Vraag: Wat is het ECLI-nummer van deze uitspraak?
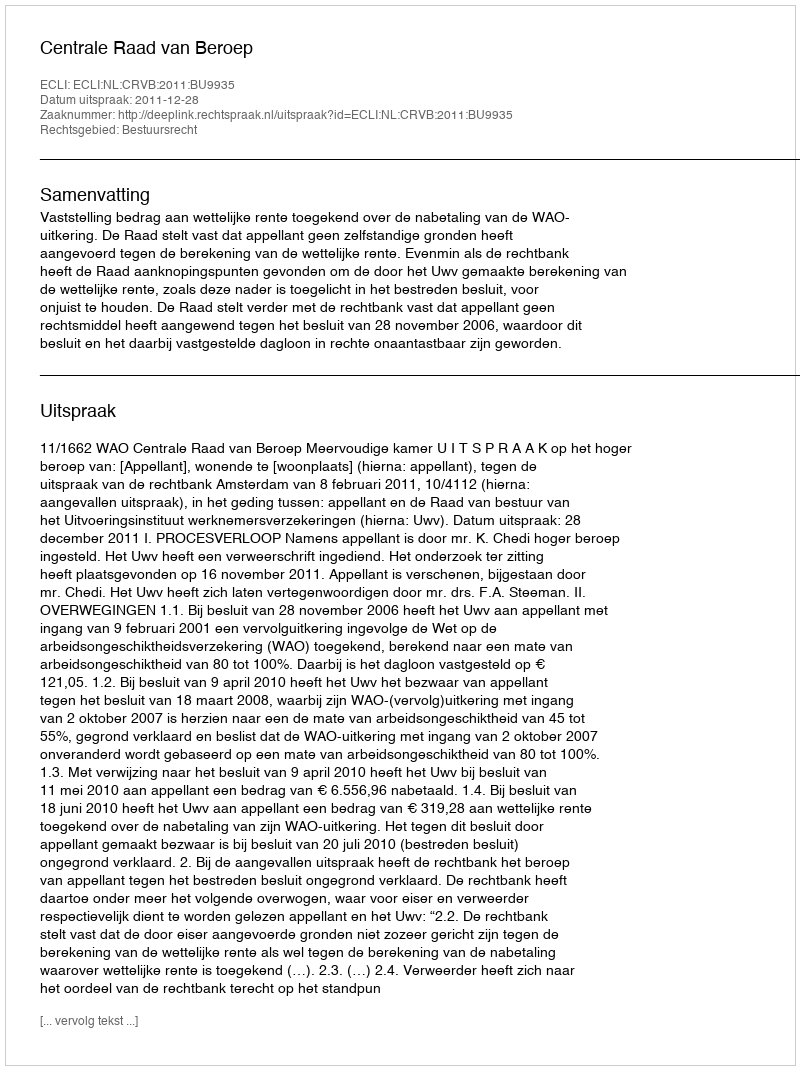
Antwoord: ECLI:NL:CRVB:2011:BU9935